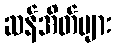
ဆန်အိတ်များ